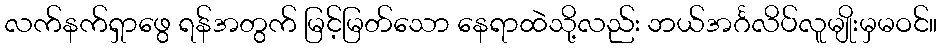
လက်နက်ရှာဖွေ ရန်အတွက် မြင့်မြတ်သော နေရာထဲသို့လည်း ဘယ်အင်္ဂလိပ်လူမျိုးမှမဝင်။